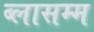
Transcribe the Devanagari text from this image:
ब्लासम्म